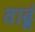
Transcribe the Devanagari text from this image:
वाढूं